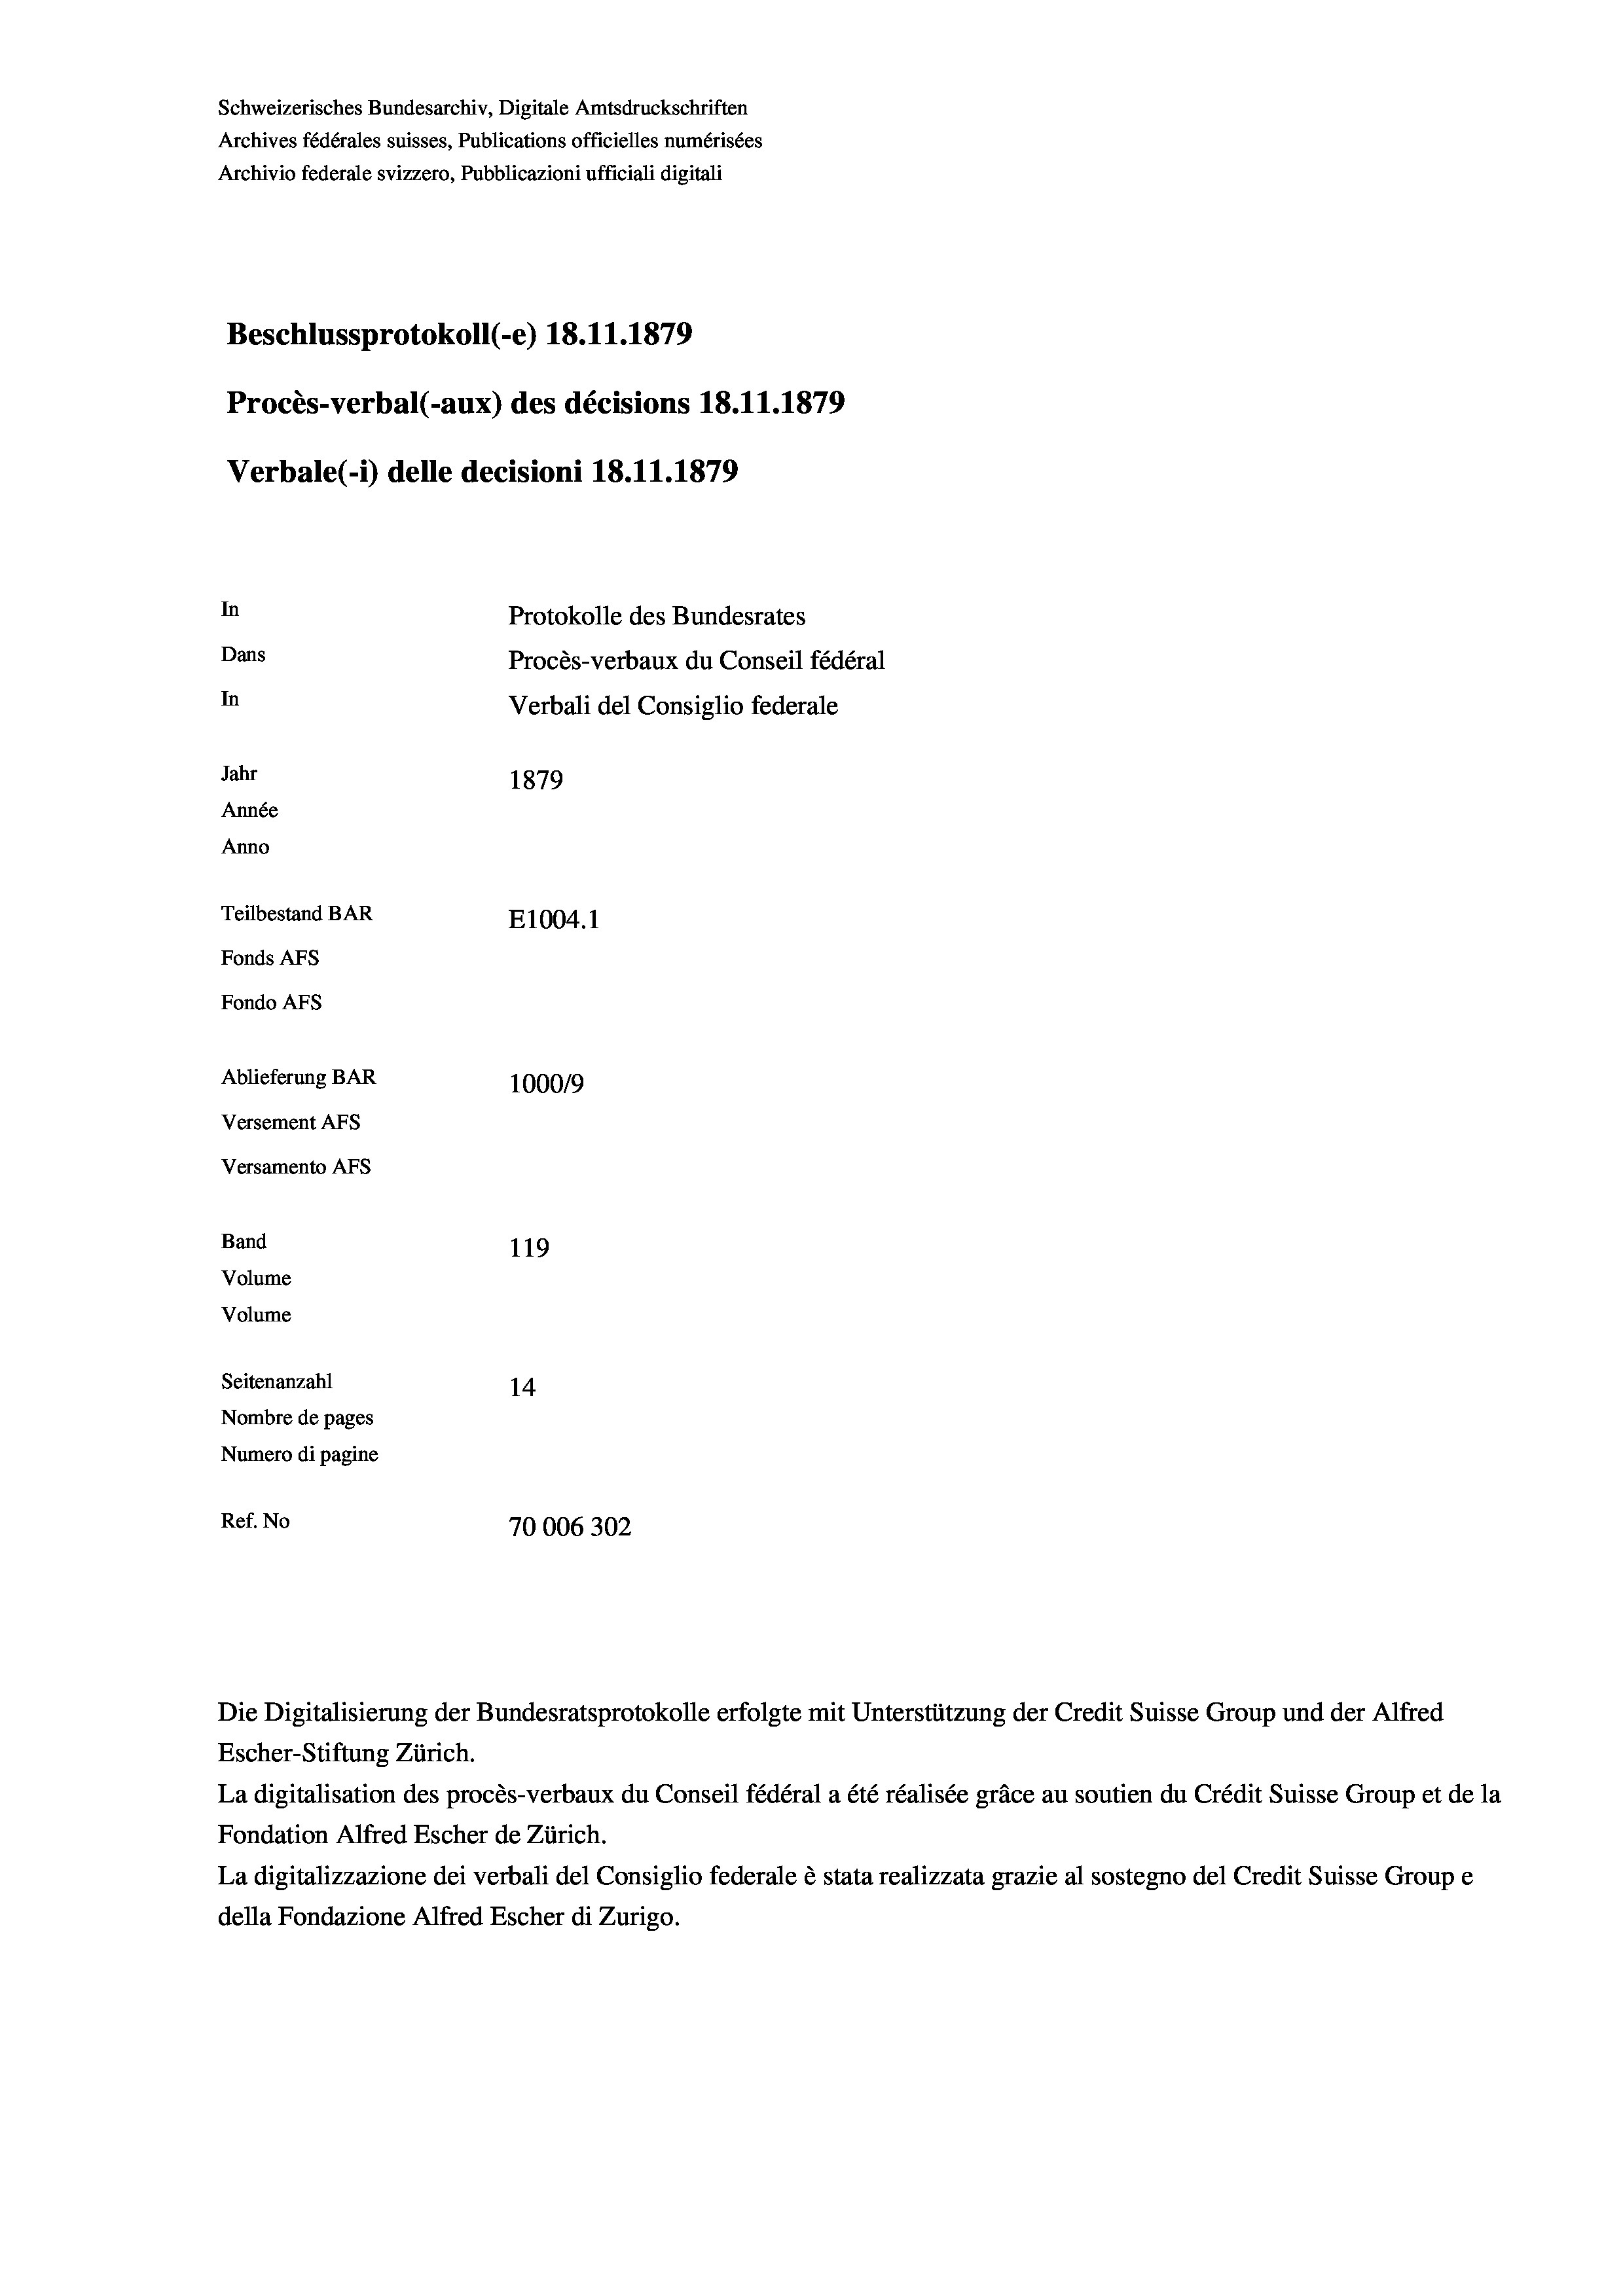
Schweizerisches Bundesarchiv, Digitale Amtsdruckschriften
Archives fédérales suisses, Publications officielles numérisées
Archivio federale svizzero, Pubblicazioni ufficiali digitali
Beschlussprotokoll (-e) 18.11.1879
Procès-verbal (-aux) des décisions 18.11.1879
Verbale (- 1) delle decisioni 18.11.1879
In
Protokolle des Bundesrates
Dans
Procès-verbaux du Conseil fédéral
In
Verbali del Consiglio federale
Jahr
1879
Année
Anno
Teilbestand BAR
E1004.1
Fonds AFs
Fondo AFs
Ablieferung BAR
100019
Versement AFS
Versamento AFs
Band
119
Volume
Volume

Seitenanzahl
14
Nombre de pages
Numero di pagine
Ref. No
70006302

l

Escher-Stiftung Zürich.
La digitalisation des procès-verbaux du Conseil fédéral a été réalisée gräce au soutien du Crédit Suisse Group et de la
Fondation Alfred Escher de Zürich.
La digitalizzazione dei verbali del Consiglio federale è stata realizzata grazie al sostegno del Credit Suisse Groupe
della Fondazione Alfred Escher di Zurigo.

Die Digitalisierung der Bundesratsprotokolle erfolgte mit Unterstützung der Credit Suisse Group und der Alfred